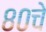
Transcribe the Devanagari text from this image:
८०चे